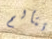
تتألم